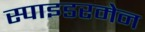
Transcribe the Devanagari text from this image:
स्पाइडरमेन